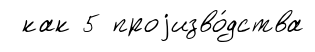
как 5 проjизво́дства